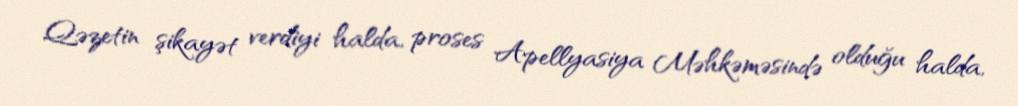
Qəzetin şikayət verdiyi halda, proses Apellyasiya Məhkəməsində olduğu halda,